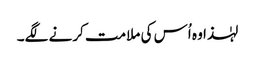
‏ لہٰذا وہ اُس کی ملامت کرنے لگے۔